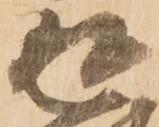
返